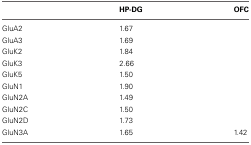
<table><thead><tr><td></td><td><b>HP-DG</b></td><td><b>OFC</b></td></tr></thead><tbody><tr><td>GluA2</td><td>1.67</td><td></td></tr><tr><td>GluA3</td><td>1.69</td><td></td></tr><tr><td>GluK2</td><td>1.84</td><td></td></tr><tr><td>GluK3</td><td>2.66</td><td></td></tr><tr><td>GluK5</td><td>1.50</td><td></td></tr><tr><td>GluN1</td><td>1.90</td><td></td></tr><tr><td>GluN2A</td><td>1.49</td><td></td></tr><tr><td>GluN2C</td><td>1.50</td><td></td></tr><tr><td>GluN2D</td><td>1.73</td><td></td></tr><tr><td>GluN3A</td><td>1.65</td><td>1.42</td></tr></tbody></table>